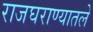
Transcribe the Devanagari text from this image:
राजघराण्यातले